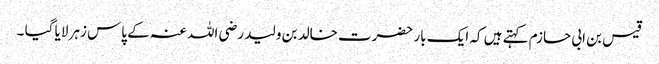
قیس بن ابی حازم کہتے ہیں کہ ایک بار حضرت خالد بن ولید رضی اللہ عنہ کے پاس زہر لایا گیا ۔